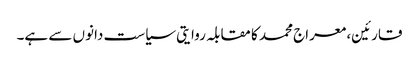
قارئین، معراج محمد کا مقابلہ روایتی سیاست دانوں سے ہے۔